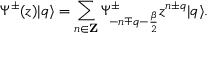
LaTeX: \Psi ^ { \pm } ( z ) | q \rangle = \sum _ { n \in { \bf Z } } \Psi _ { - n \mp q - { \frac { \beta } { 2 } } } ^ { \pm } z ^ { n \pm q } | q \rangle .